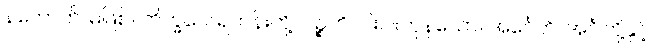
နဟောတိ၊ မဖြစ်။ ဘိက္ခဝေ၊ ရဟန်းတို့။ ပဉ္စဟိ၊ ငါးပါးကုန်သော။ အင်္ဂေဟိ၊ အင်္ဂါတို့နှင့်။